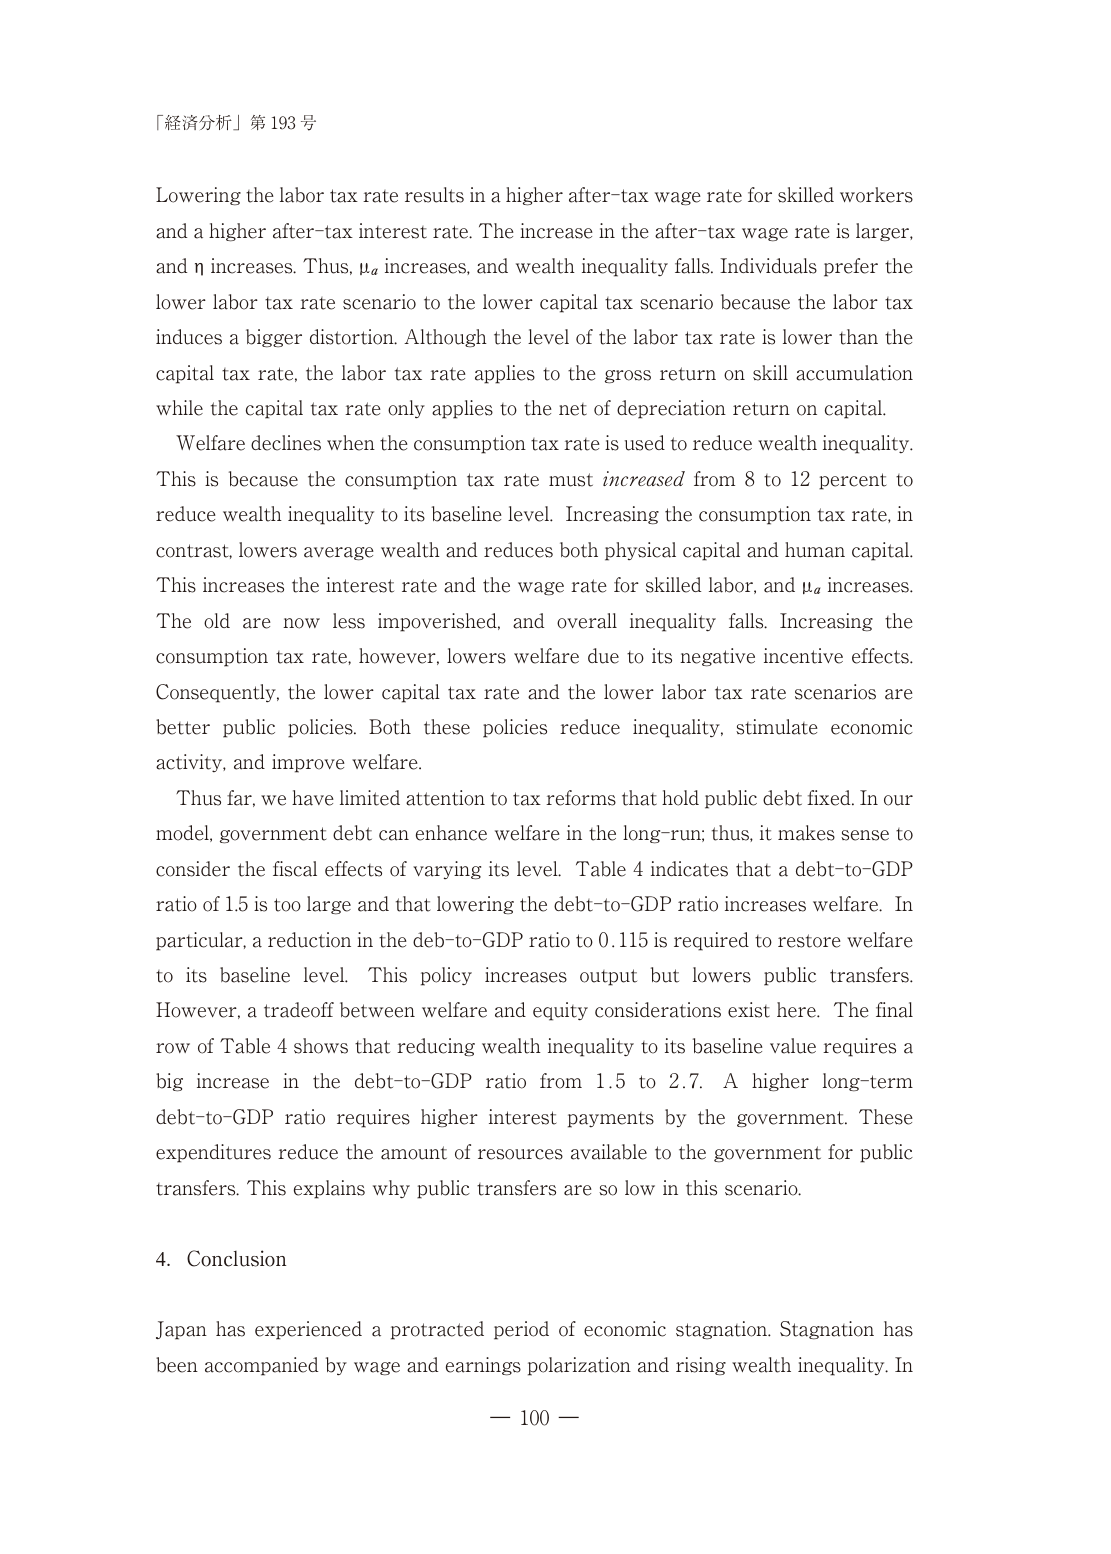
「経済分析」第193号

Lowering the labor tax rate results in a higher after-tax wage rate for skilled workers and a higher after-tax interest rate. The increase in the after-tax wage rate is larger, and η increases. Thus, μa increases, and wealth inequality falls. Individuals prefer the lower labor tax rate scenario to the lower capital tax scenario because the labor tax induces a bigger distortion. Although the level of the labor tax rate is lower than the capital tax rate, the labor tax rate applies to the gross return on skill accumulation while the capital tax rate only applies to the net of depreciation return on capital.

Welfare declines when the consumption tax rate is used to reduce wealth inequality. This is because the consumption tax rate must increased from 8 to 12 percent to reduce wealth inequality to its baseline level. Increasing the consumption tax rate, in contrast, lowers average wealth and reduces both physical capital and human capital. This increases the interest rate and the wage rate for skilled labor, and μa increases. The old are now less impoverished, and overall inequality falls. Increasing the consumption tax rate, however, lowers welfare due to its negative incentive effects. Consequently, the lower capital tax rate and the lower labor tax rate scenarios are better public policies. Both these policies reduce inequality, stimulate economic activity, and improve welfare.

Thus far, we have limited attention to tax reforms that hold public debt fixed. In our model, government debt can enhance welfare in the long-run; thus, it makes sense to consider the fiscal effects of varying its level. Table 4 indicates that a debt-to-GDP ratio of 1.5 is too large and that lowering the debt-to-GDP ratio increases welfare. In particular, a reduction in the debt-to-GDP ratio to 0.115 is required to restore welfare to its baseline level. This policy increases output but lowers public transfers. However, a tradeoff between welfare and equity considerations exist here. The final row of Table 4 shows that reducing wealth inequality to its baseline value requires a big increase in the debt-to-GDP ratio from 1.5 to 2.7. A higher long-term debt-to-GDP ratio requires higher interest payments by the government. These expenditures reduce the amount of resources available to the government for public transfers. This explains why public transfers are so low in this scenario.

4. Conclusion

Japan has experienced a protracted period of economic stagnation. Stagnation has been accompanied by wage and earnings polarization and rising wealth inequality. In

— 100 —